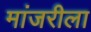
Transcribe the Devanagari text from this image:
मांजरीला